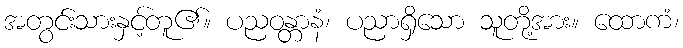
အတွင်းသားနှင့်တူ၏။ ပညဝန္တာနံ၊ ပညာရှိသော သူတို့အား။ ထောကံ၊